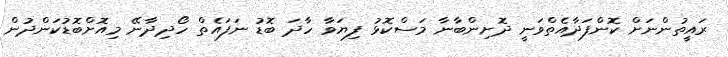
ރައީތުންނަށް ކޮންފަދާއެތްވަނީ ދޮށިންބާނާ މަސްކޮޅު ފިޔަވާ ހާދަ ބޮޑު ނަފައެތް ހޯދިދާނޭ މިއޮށްބޮޑުކަންދުން